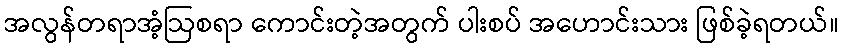
အလွန်တရာအံ့ဩစရာ ကောင်းတဲ့အတွက် ပါးစပ် အဟောင်းသား ဖြစ်ခဲ့ရတယ်။